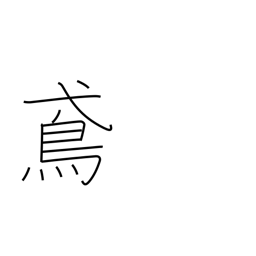
Meaning: black kite